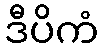
ဒီပိကံ